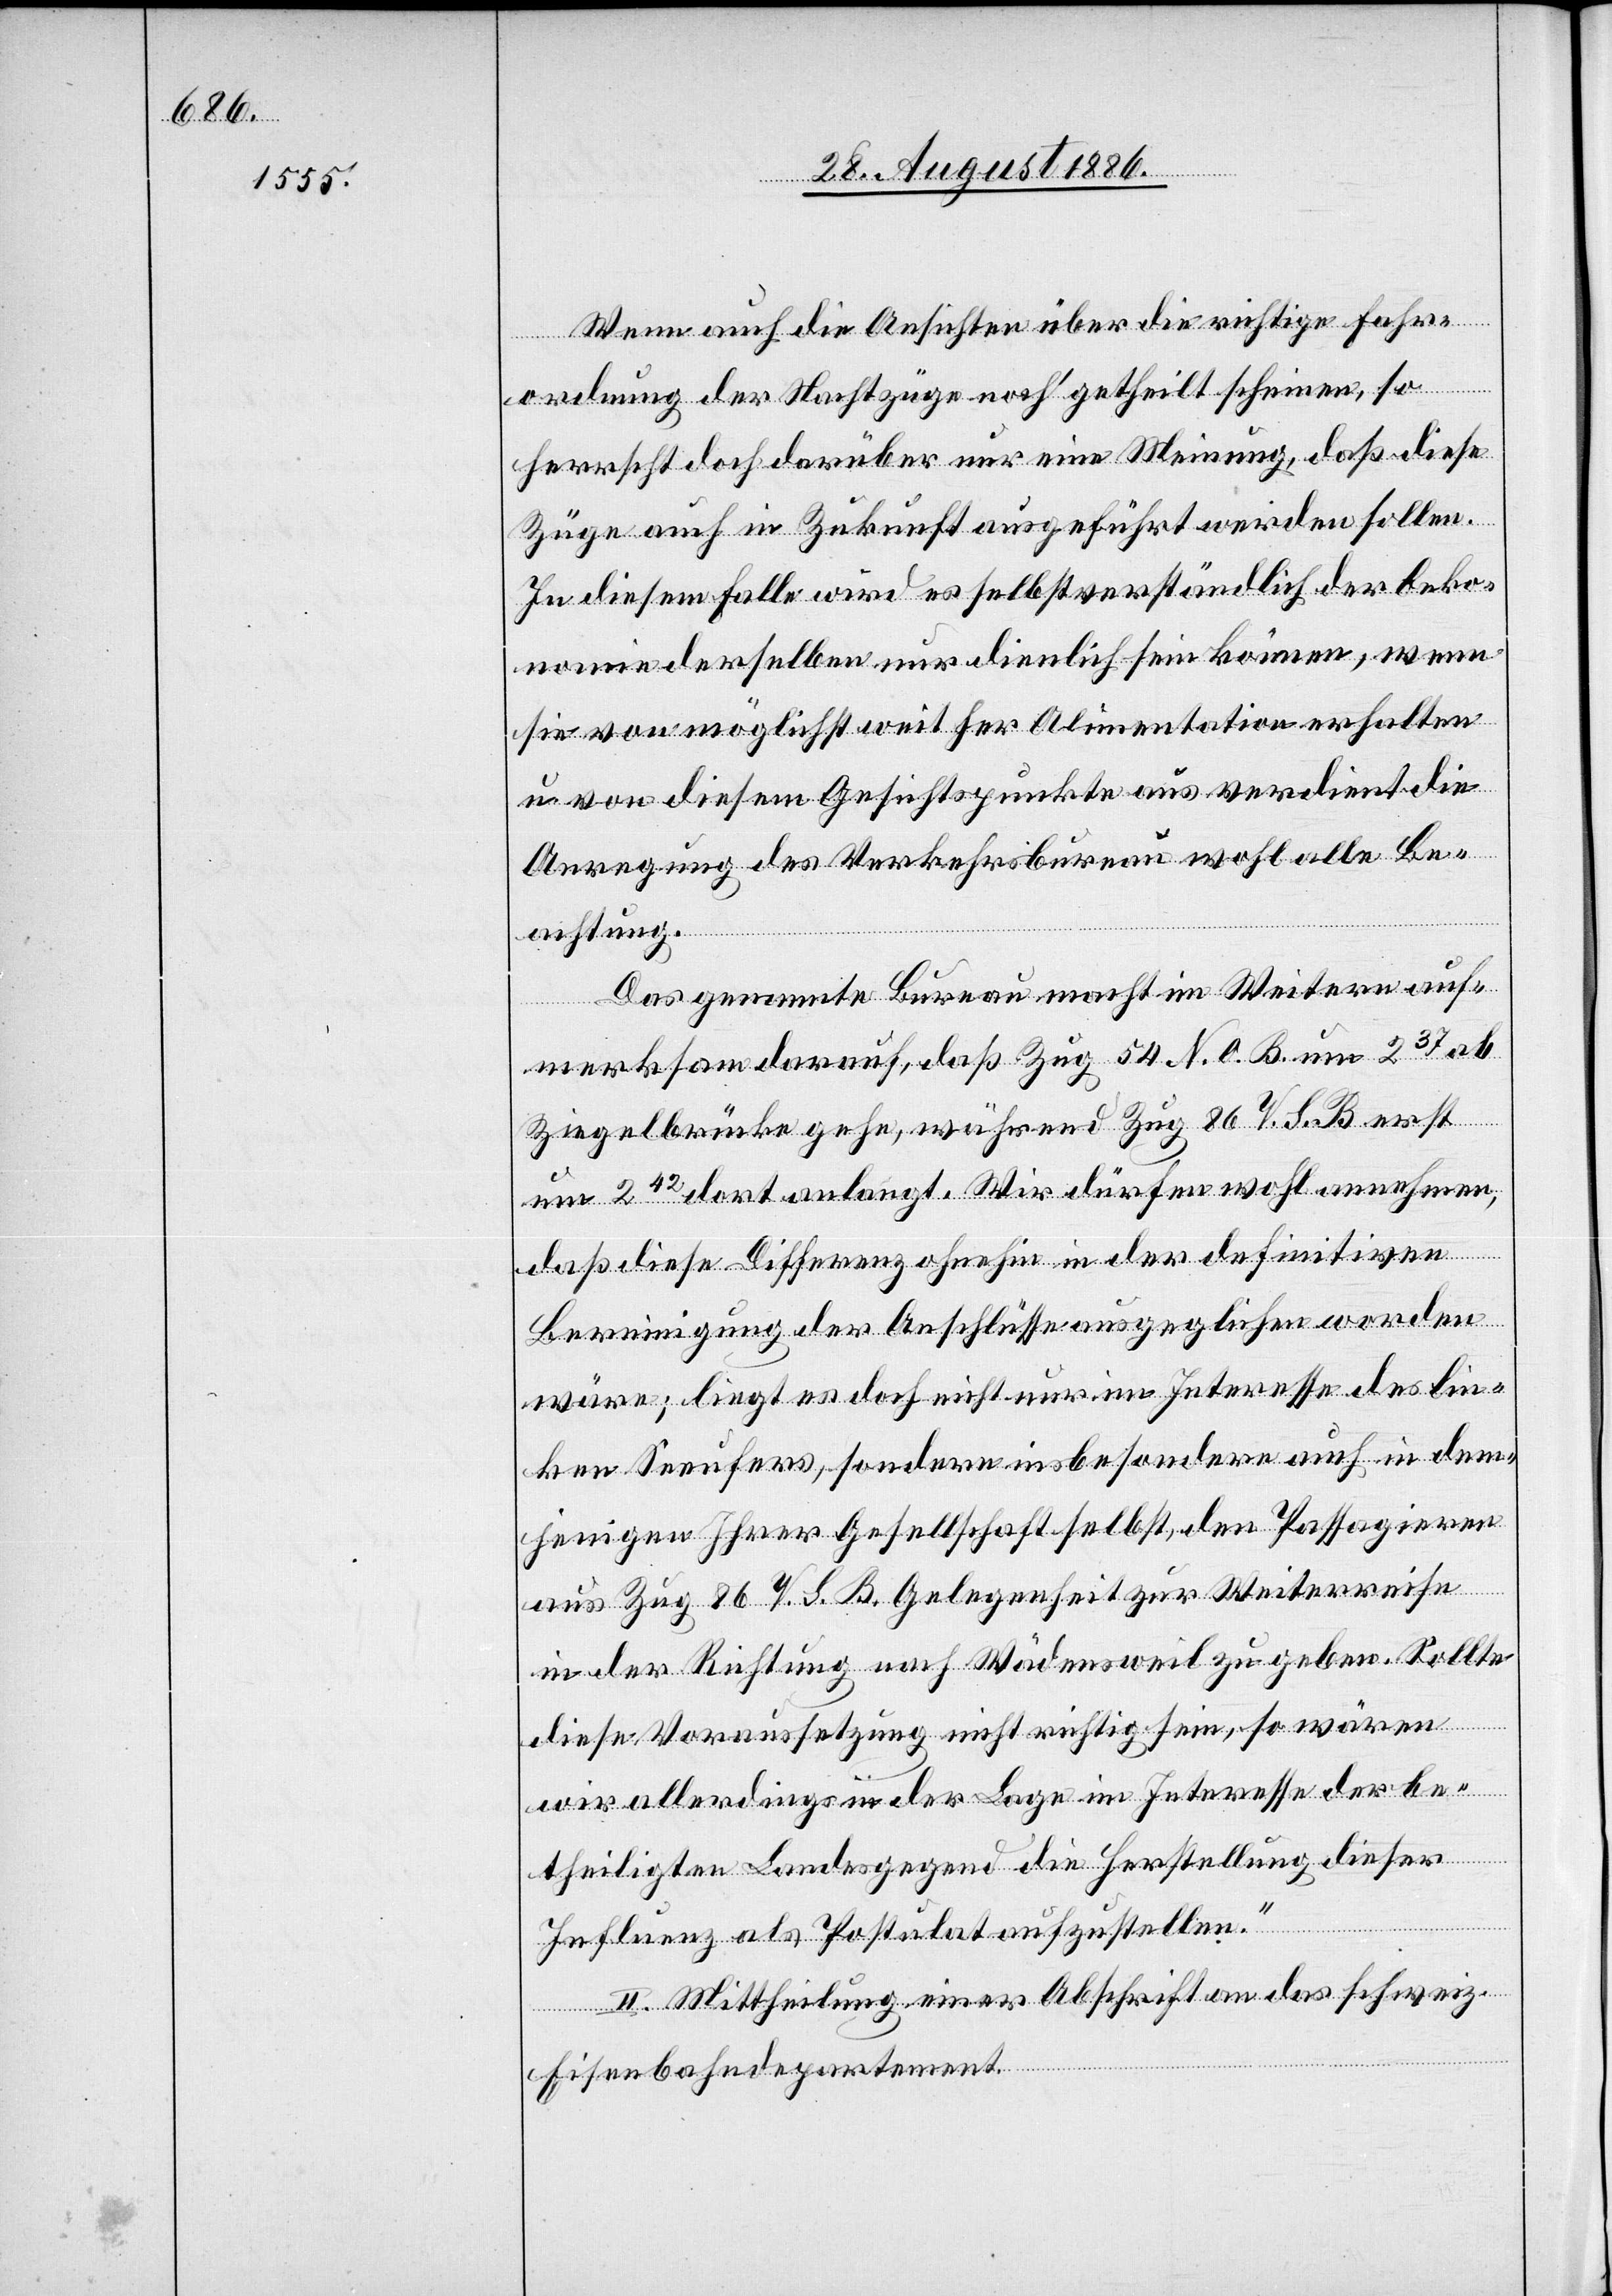
Wenn auch die Ansichten über die richtige Fahr¬
ordnung der Nachtzüge noch getheilt scheinen, so
herrscht doch darüber nur eine Meinung, daß diese
Züge auch in Zukunft ausgeführt werden sollen.
In diesem Falle wird es selbstverständlich der Oeko¬
nomie derselben nur dienlich sein können, wenn
sie von möglichst weit her Alimentation erhalten
u. von diesem Gesichtspunkte aus verdient die
Anregung des Verkehrsbureau wohl alle Be¬
achtung.
Das genannte Bureau macht im Weitern auf¬
merksam darauf, daß Zug 54 N. O. B. um 237 ab
Ziegelbrücke gehe, während Zug 86 V. S. B. erst
um 242 dort anlangt. Wir dürfen wohl annehmen,
daß diese Differenz ohnehin in der definitiven
Bereinigung der Anschlüsse ausgeglichen worden
wäre; liegt es doch nicht nur im Interesse des lin¬
ken Seeufers, sondern insbesondere auch in dem¬
jenigen Ihrer Gesellschaft selbst, den Passagieren
aus Zug 86 V. S. B. Gelegenheit zur Weiterreise
in der Richtung nach Wädensweil zu geben. Sollte
diese Voraussetzung nicht richtig sein, so wären
wir allerdings in der Lage im Interesse der be¬
theiligten Landesgegend die Herstellung dieser
Influenz als Postulat aufzustellen.“
II. Mittheilung einer Abschrift an das schweiz.
Eisenbahndepartement.